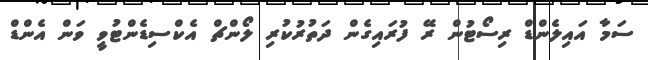
ސަމާ އައިލެންޑް ރިސޯޓުން ރޭ ފުރައިގެން ދަތުރުކުރި ލޯންޗް އެކްސިޑެންޓުވީ ވަން އެންޑް